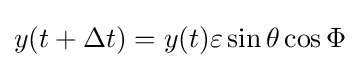
y(t+\Delta t)=y(t)\varepsilon \sin \theta \cos \Phi